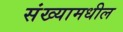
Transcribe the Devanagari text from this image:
संख्यामधील